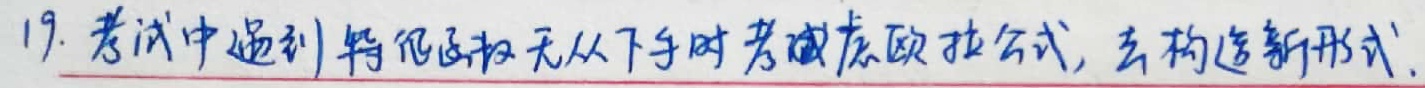
19. 考试中遇到特殊区域无从下手时考虑欧拉公式，去构造新形式.